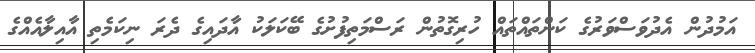
އަމުދުން އެދުވަސްވަރުގެ ކަންތައްތައް ހުރިގޮތުން ރަސްމަތިފުށުގެ ބޭކަލަކު އާދައިގެ ދެރަ ނިކަމެތި އާއިލާއެއްގެ